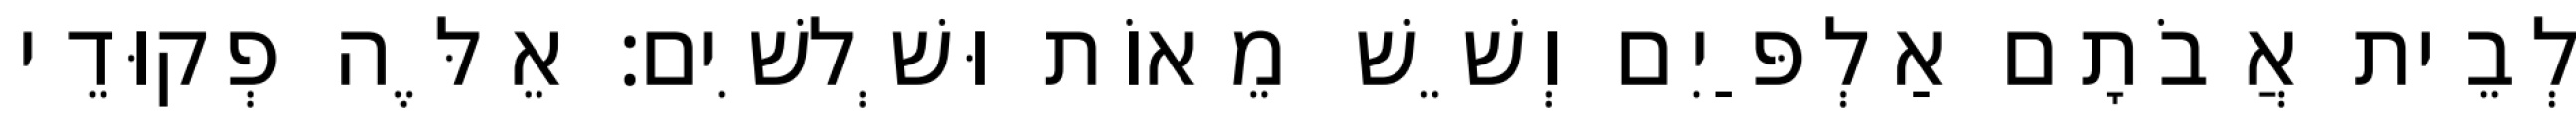
לְבֵית אֲבֹתָם אַלְפַּיִם וְשֵׁשׁ מֵאוֹת וּשְׁלשִׁים׃ אֵלֶּה פְקוּדֵי